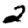
Digit: 2